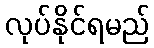
လုပ်နိုင်ရမည်